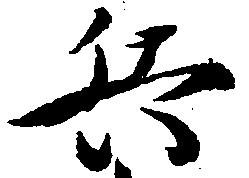
兵